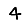
Digit: 4